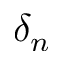
\delta _ { n }